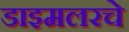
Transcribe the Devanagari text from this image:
डाइमलरचे